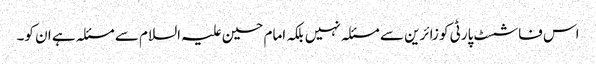
اس فاشسٹ پارٹی کو زائرین سے مسئلہ نہیں بلکہ امام حسین علیہ السلام سے مسئلہ ہے ان کو۔